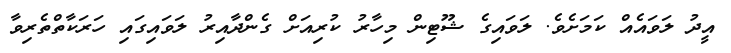
އީދު ލަވައެއް ކަމަށެވެ. ލަވައިގެ ޝޫޓިން މިހާރު ކުރިއަށް ގެންދާއިރު ލަވައިގައި ހަރަކާތްތެރިވާ